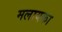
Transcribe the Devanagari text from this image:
मलायका